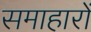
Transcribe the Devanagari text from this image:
समाहारों